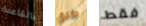
بالقاعدة طلق فقط